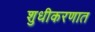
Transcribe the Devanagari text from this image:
शुधीकरणात